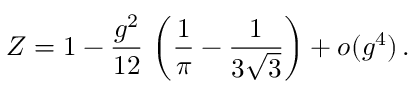
Z = 1 - \frac { g ^ { 2 } } { 1 2 } \, \left( \frac { 1 } { \pi } - \frac { 1 } { 3 \sqrt { 3 } } \right) + o ( g ^ { 4 } ) \, .